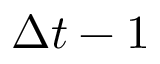
\Delta t - 1